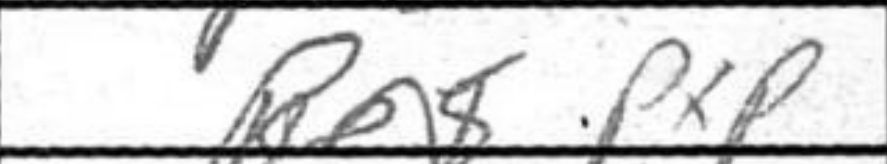
Transcription: PxP